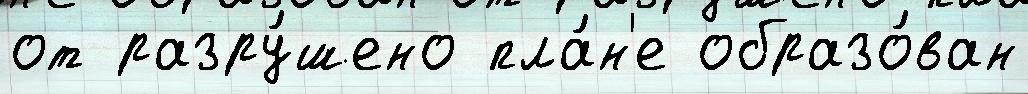
от разру́шено пла́н'е образо́ван